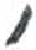
אות: ,